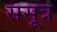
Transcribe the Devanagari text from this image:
ससूत्र